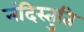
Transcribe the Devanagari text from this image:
नंदिस्तुति